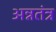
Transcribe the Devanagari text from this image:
अन्नतंत्र